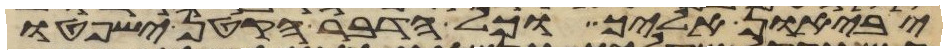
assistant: יביאון אליך וכל הדבר הקטן ישפטו